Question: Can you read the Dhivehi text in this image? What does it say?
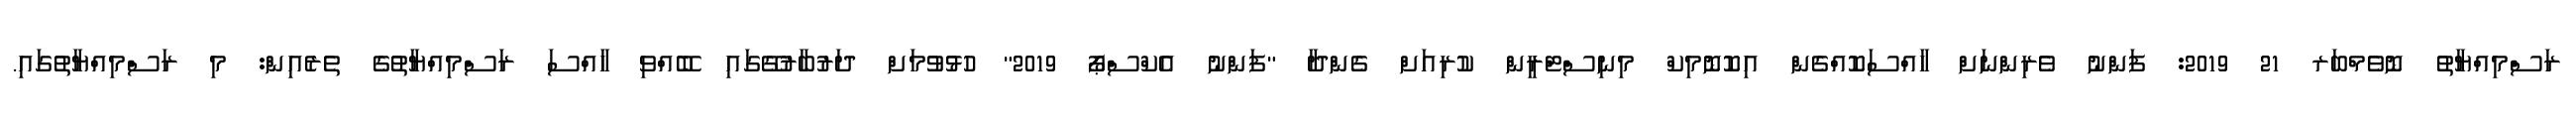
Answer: ރަސްމިއްޔާތު ނޮވެމްބަރ 21 2019: ފަންނު ވެރިންނަށް ހާއްސަކޮއްގެން އިކޮނޮމިކް މިނިސްޓްރީން ކުރިއަށް ގެންދާ "ފަންނު އެކްސްޕޯ 2019" ހުޅުވުމަށް ދަރުބާރުގޭގައި ބޭއްވި ހާއްސަ ރަސްމިއްޔާތުގެ ތެރެއިން: މި ރަސްމިއްޔާތުގައި.